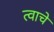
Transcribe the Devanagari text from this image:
त्वाचे